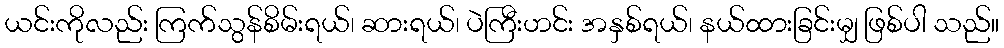
ယင်းကိုလည်း ကြက်သွန်စိမ်းရယ်၊ ဆားရယ်၊ ပဲကြီးဟင်း အနှစ်ရယ်၊ နယ်ထားခြင်းမျှ ဖြစ်ပါ သည်။